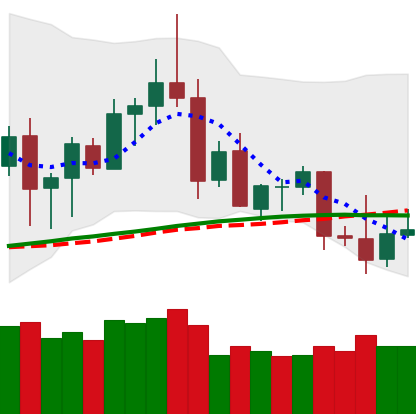
Ticker: ETC-USD
Chart end date: 2020-08-29
Forward return: -13.151%
Label: down_7plus